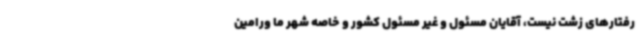
رفتارهای زشت نیست، آقایان مسئول و غیر مسئول کشور و خاصه شهر ما ورامین